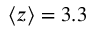
\langle z \rangle = 3 . 3